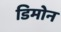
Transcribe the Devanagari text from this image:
डिमोन